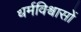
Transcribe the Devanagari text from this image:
धर्मविश्वासों